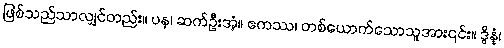
ဖြစ်သည်သာလျှင်တည်း။ ပန၊ ဆက်ဦးအံ့။ ဧကဿ၊ တစ်ယောက်သောသူအား၎င်း။ ဒွိန္နံ၊